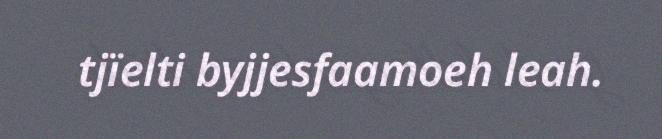
tjïelti byjjesfaamoeh leah.